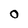
Character: O